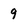
Character: g